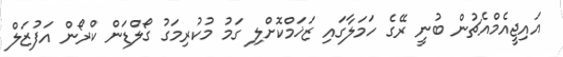
އައިޖީއެމްއެޗުން ބުނީ ރޭގެ ހަމަލާގައި ޒަޚަމްކޮށްލި ގަމު މުކުރިމަގު ގޯލްޑަން ކްރޯން އަފުޒަލް